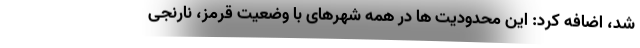
شد، اضافه کرد: این محدودیت ها در همه شهرهای با وضعیت قرمز، نارنجی